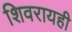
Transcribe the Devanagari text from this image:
शिवरायही